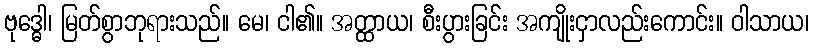
ဗုဒ္ဓေါ၊ မြတ်စွာဘုရားသည်။ မေ၊ ငါ၏။ အတ္ထာယ၊ စီးပွားခြင်း အကျိုးငှာလည်းကောင်း။ ဝါသာယ၊